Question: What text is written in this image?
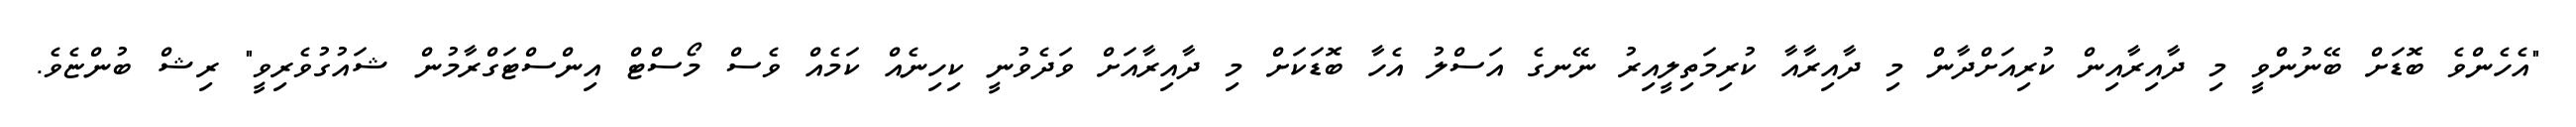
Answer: "އެހެންވެ ބޮޑަށް ބޭނުންވީ މި ދާއިރާއިން ކުރިއަށްދާން މި ދާއިރާއާ ކުރިމަތިލީއިރު ނޭނގެ އަސްލު އެހާ ބޮޑަކަށް މި ދާއިރާއަށް ވަދެވުނީ ކިހިނެއް ކަމެއް ވެސް މޯސްޓް އިންސްޓަގްރާމުން ޝައުގުވެރިވީ" ރިޝް ބުންޏެވެ.